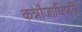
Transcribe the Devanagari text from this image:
कन्नौजाधिपति